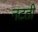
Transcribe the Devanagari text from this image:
नटती